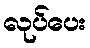
လုပ်ပေး